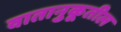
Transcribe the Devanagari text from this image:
वातानुकूतील